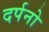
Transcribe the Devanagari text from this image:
दर्पनो